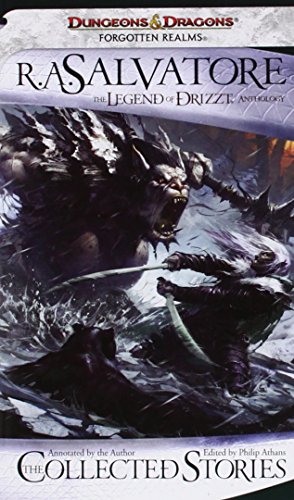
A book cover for The Collected Stories: The Legend of Drizzt (Forgotten Realms: the Legend of Drizzt); R.A. Salvatore; Science Fiction & Fantasy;